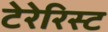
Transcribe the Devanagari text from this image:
टेरेरिस्ट